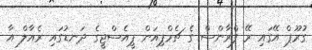
ގުރޫޕް އޭގައި ރޭ ފްރާންސް ގެ ޗެމްޕިއަން ޕީއެސްޖީގެ ދަނޑުގައި ރެއާލް އާ